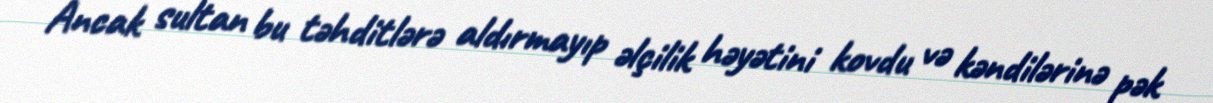
Ancak sultan bu təhditlərə aldırmayıp əlçilik həyətini kovdu və kəndilərinə pək